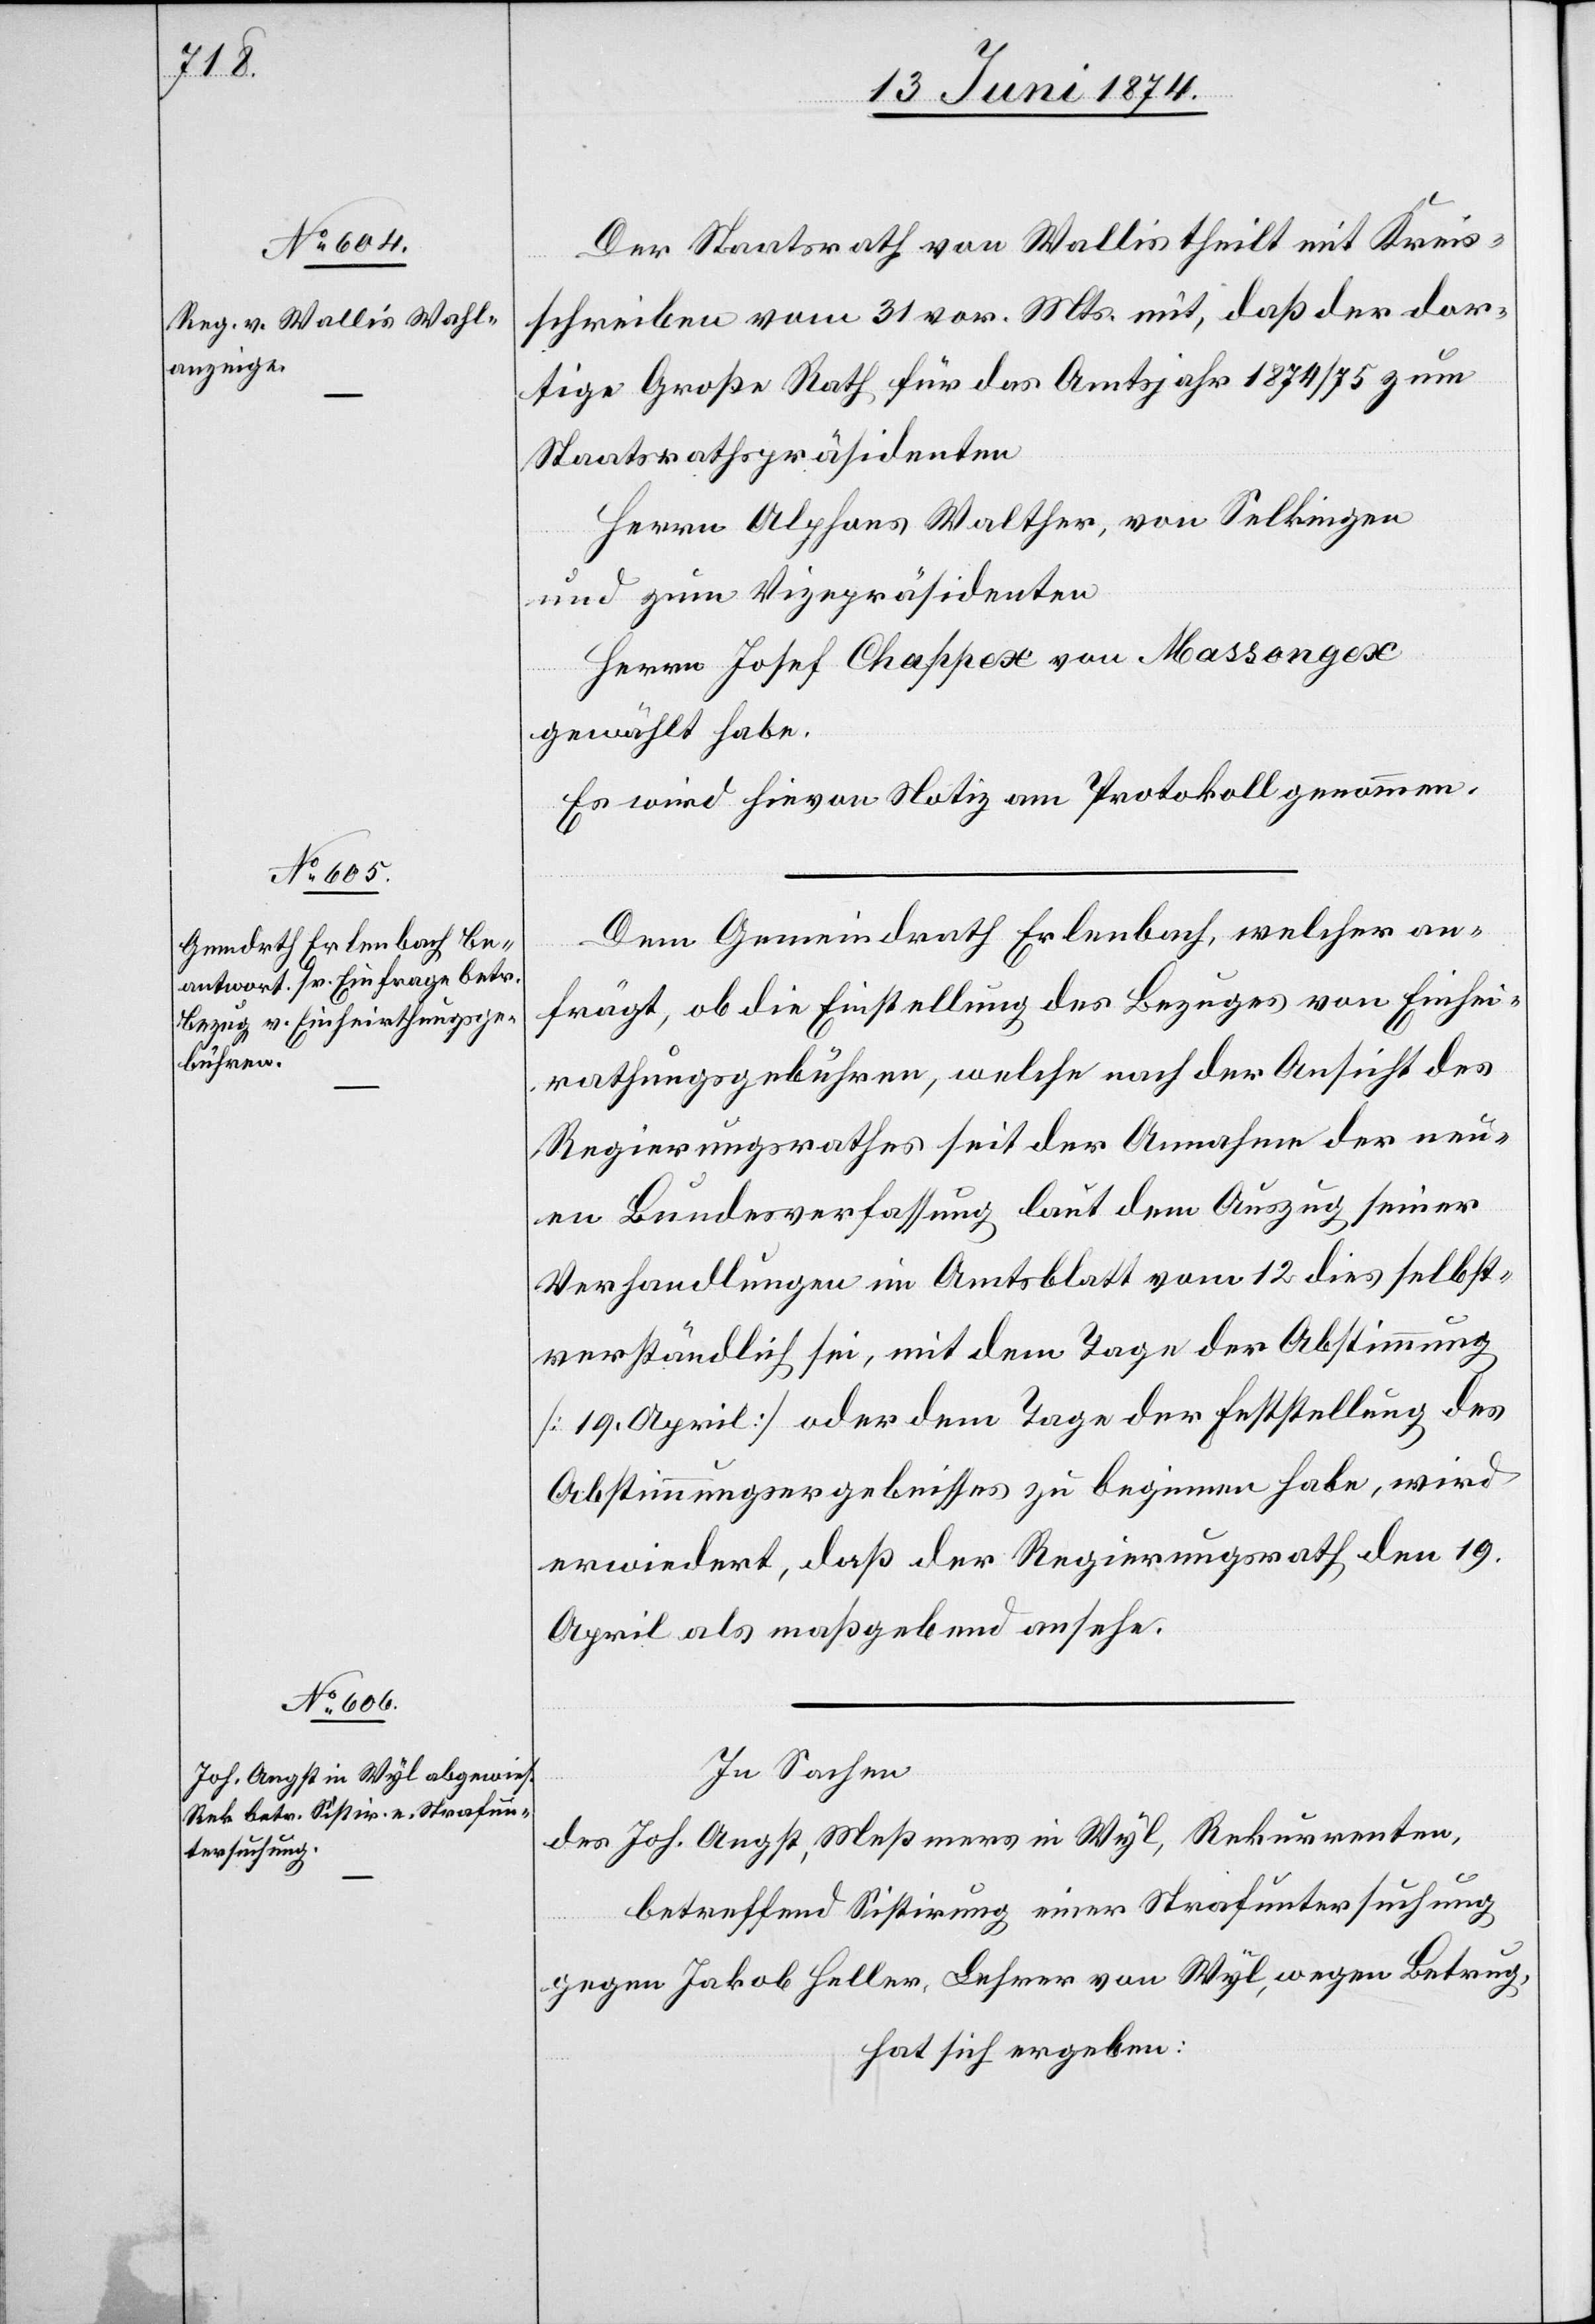
Der Staatsrath von Wallis theilt mit Kreis¬
schreiben vom 31. vor. Mts. mit, daß der dor¬
tige Große Rath für das Amtsjahr 1874/75 zum
Staatsrathspräsidenten
Herrn Alphons Walther, von Selkingen
und zum Vizepräsidenten
Herrn Josef Chappex von Massongex
gewählt habe.
Es wird hievon Notiz am Protokoll genommen.
Dem Gemeindrath Erlenbach, welcher an¬
frägt, ob die Einstellung des Bezuges von Einhei¬
rathungsgebühren, welche nach der Ansicht des
Regierungsrathes seit der Annahme der neu¬
en Bundesverfassung laut dem Auszuge seiner
Verhandlungen im Amtsblatt vom 12. dies selbst¬
verständlich sei, mit dem Tage der Abstimmung
[19. April] oder dem Tage der Feststellung des
Abstimmungsergebnisses zu beginnen habe, wird
erwiedert, daß der Regierungsrath den 19.
April als maßgebend ansehe.
In Sachen
des Joh. Angst, Meßmers in Wyl, Rekurrenten,
betreffend Sistirung einer Strafuntersuchung
gegen Jakob Heller, Lehrer von Wyl, wegen Betrug,
hat sich ergeben: